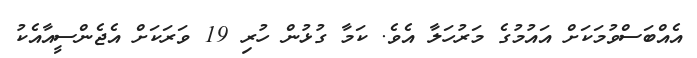
އެއްބަސްވުމަކަށް އައުމުގެ މަރުހަލާ އެވެ. ކަމާ ގުޅުން ހުރި 19 ވަރަކަށް އެޖެންސީއާއެކު